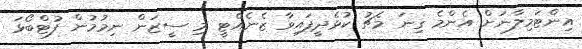
އިންޓަމިލާނަށް އެންމެ ގިނަ މެޗު ކުޅެދީފައިވާ ޒެނެއްޓީ މި ސީޒަން ނިމުމުން ފުޓްބޯޅަ